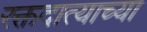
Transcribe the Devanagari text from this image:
रक्तदात्याच्या